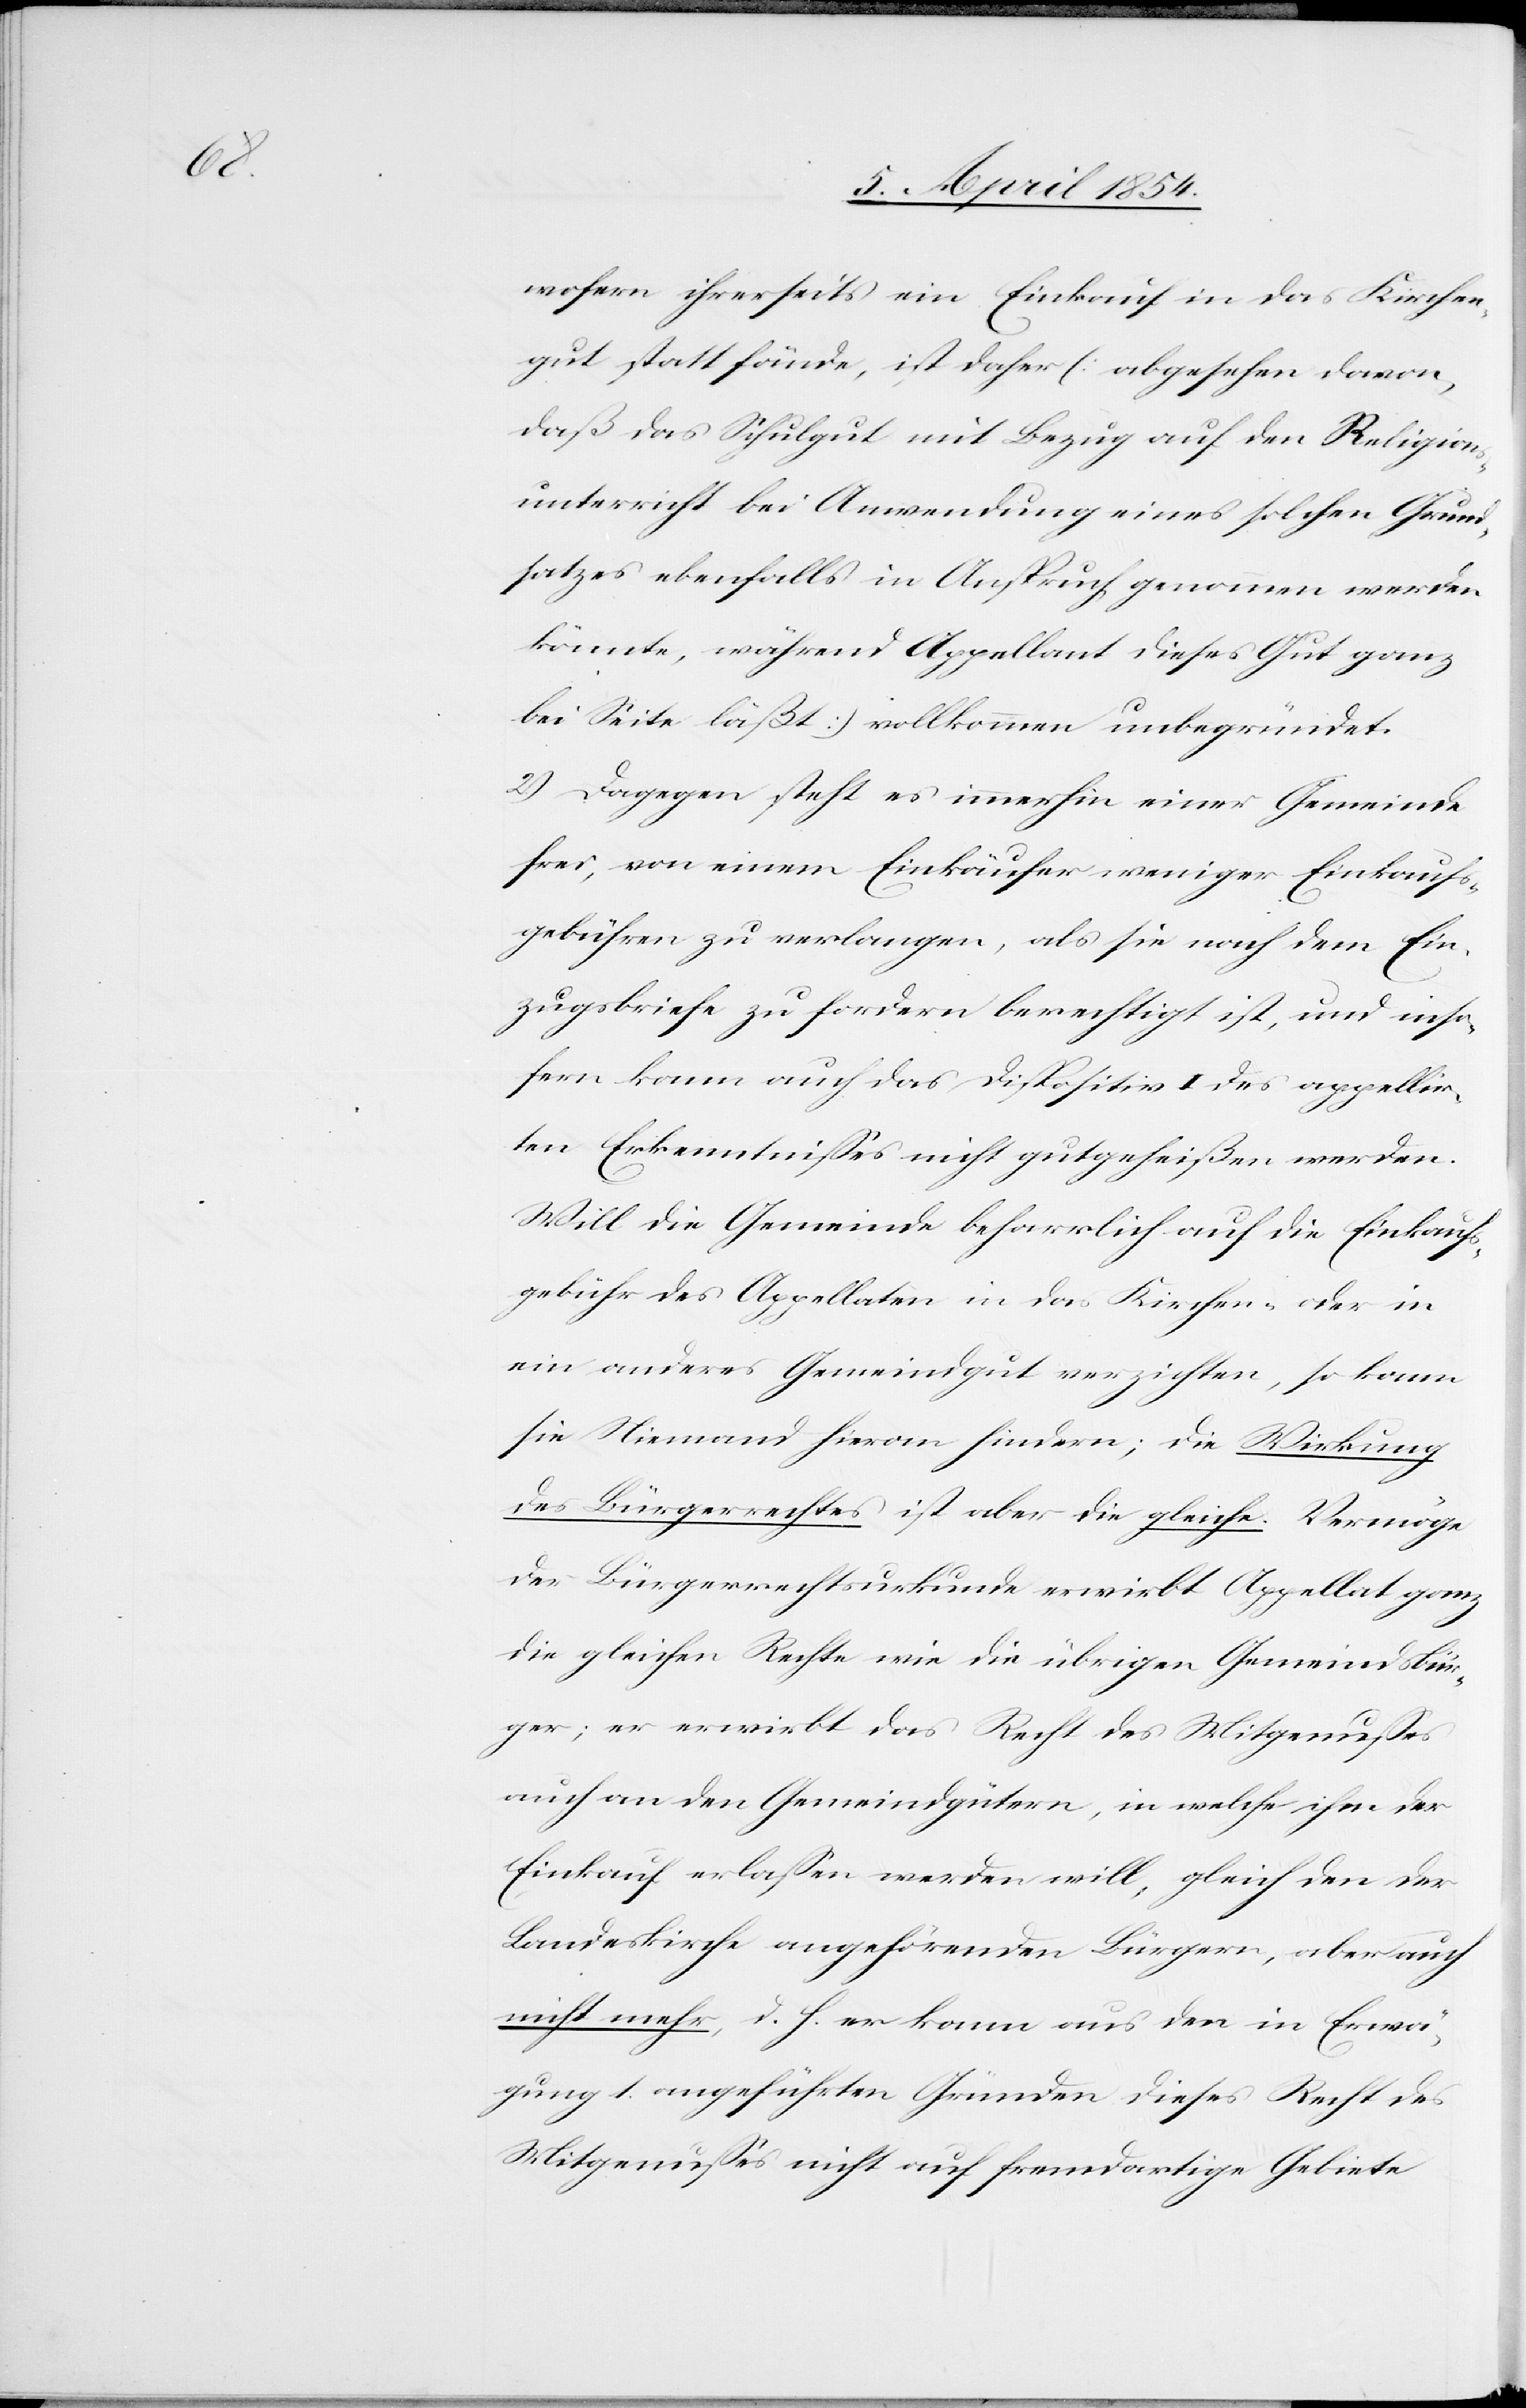
wofern ihrerseits ein Einkauf in das Kirchen¬
gut statt fände, ist daher (abgesehen davon,
daß das Schulgut mit Bezug auf den Religions¬
unterricht bei Anwendung eines solchen Grund¬
satzes ebenfalls in Anspruch genommen werden
könnte, während Appellant dieses Gut ganz
bei Seite läßt) vollkommen unbegründet.
2.) dagegen steht es immerhin einer Gemeinde
frei, von einem Einkäufer weniger Einkaufs¬
gebühren zu verlangen, als sie nach dem Ein¬
zugsbriefe zu fordern berechtigt ist, und inso¬
fern kann auch das Dispositiv I des appellir¬
ten Erkenntnißes nicht gutheißen werden.
Will die Gemeinde beharrlich auf die Einkaufs¬
gebühr des Appellaten in das Kirchen- oder in
ein anderes Gemeindgut verzichten, so kann
sie Niemand hievon hindern; die Wirkung
des Bürgerrechtes ist aber die gleiche. Vermöge
der Bürgerrechtsurkunde erwirbt Appellat ganz
die gleichen Rechte wie die übrigen Gemeindsbür¬
ger; er erwirbt das Recht des Mitgenußes
auch an den Gemeindgütern, in welche ihm der
Einkauf erlaßen werden will, gleich den der
Landeskirche angehörenden Bürger, aber auch
nicht mehr, d. h. er kann aus den in Erwä¬
gung 1. angeführten Gründen dieses Recht des
Mitgenußes nicht auf fremdartige Gebiete